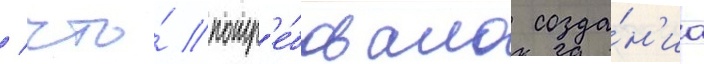
/ что́ потр'е́бовало созда́н'иа